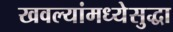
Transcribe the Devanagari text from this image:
खवल्यांमध्येसुद्धा